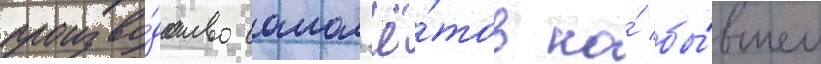
произво́дство самол'ё́тов на́ бы́вшем